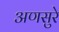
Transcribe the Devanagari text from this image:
अणसुरे